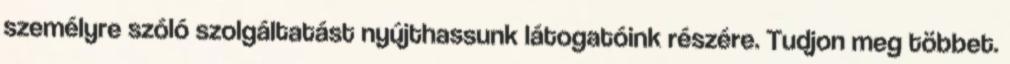
személyre szóló szolgáltatást nyújthassunk látogatóink részére. Tudjon meg többet.